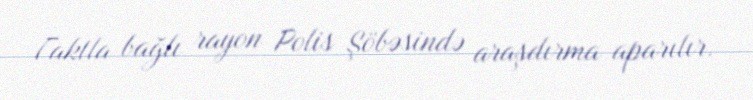
Faktla bağlı rayon Polis Şöbəsində araşdırma aparılır.